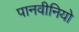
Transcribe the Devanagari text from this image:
पानवीनियो